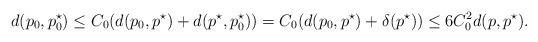
LaTeX: \begin{align*}d(p_0, p_0^{\star}) \leq C_0 (d(p_0, p^{\star}) + d(p^{\star}, p_0^{\star})) = C_0 (d(p_0,p^{\star}) + \delta(p^{\star})) \leq 6 C_0^2 d(p, p^{\star}).\end{align*}